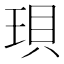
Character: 珼